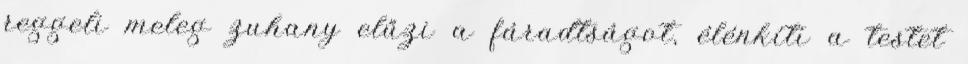
reggeli meleg zuhany elűzi a fáradtságot, élénkíti a testet